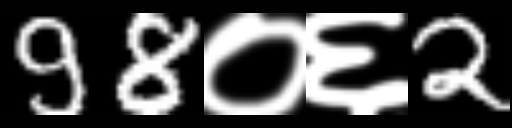
Text: 98०६2